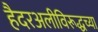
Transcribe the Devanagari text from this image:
हैदरअलीविरूद्धच्या